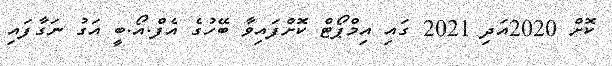
ކޮށް 2020އަދި 2021 ގައި އިމްޕޯޓް ކޮށްފައިވާ ބޭހުގެ އެފް.އޯ.ބީ އަގު ނަގާފައި